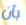
بأن